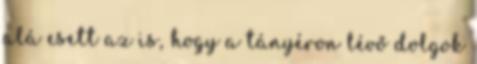
alá esett az is, hogy a tányéron lévő dolgok